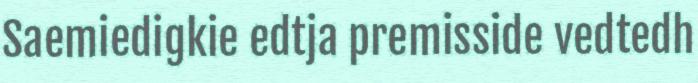
Saemiedigkie edtja premisside vedtedh